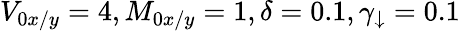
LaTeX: V_{0x/y}=4,M_{0x/y}=1,\delta=0.1,\gamma_{\downarrow}=0.1